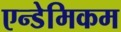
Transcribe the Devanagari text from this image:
एन्डेमिकम